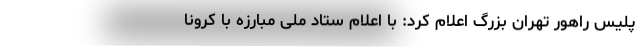
پلیس راهور تهران بزرگ اعلام کرد: با اعلام ستاد ملی مبارزه با کرونا